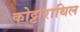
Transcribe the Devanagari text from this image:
कोट्टाराथिल